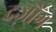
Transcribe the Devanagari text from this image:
दज़ोंग